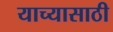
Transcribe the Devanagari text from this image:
याच्यासाठी